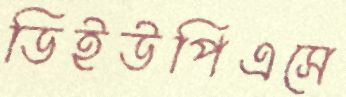
ডিইউপিএসে